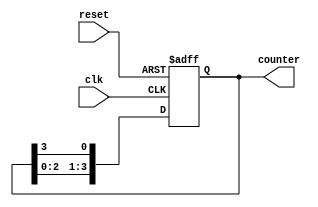
module johnson_gray_counter(
    input clk,
    input reset,
    output [3:0] counter
);

reg [3:0] counter;

always @(posedge clk or posedge reset) begin
    if (reset) begin
        counter <= 4'b0000;
    end else begin
        counter <= {counter[2:0], counter[3]};
    end
end

endmodule